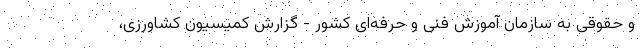
و حقوقی به سازمان آموزش فنی و حرفه‌ای کشور - گزارش کمیسیون کشاورزی،